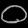
Digit: ၀